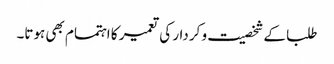
طلبا کے شخصیت و کردار کی تعمیر کا اہتمام بھی ہوتا۔